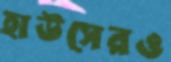
হাউসেরও